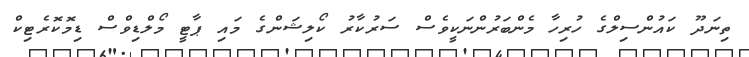
ތިނަދޫ ކައުންސިލްގެ ހުރިހާ މެންބަރުންނަކީވެސް ސަރުކާރު ކޯލިޝަންގެ މައި ޕާޓީ މޯލްޑިވްސް ޑިމޮކޮރެޓިކް